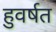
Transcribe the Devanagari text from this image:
हुवर्षत